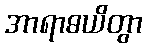
အာရာဓယိတွာ